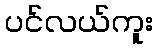
ပင်လယ်ကူး